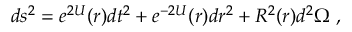
d s ^ { 2 } = e ^ { 2 U } ( r ) d t ^ { 2 } + e ^ { - 2 U } ( r ) d r ^ { 2 } + R ^ { 2 } ( r ) d ^ { 2 } \Omega \ ,